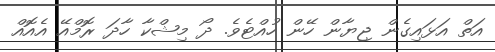
އަތް އަޅައިގެން ޖިޔާން ހޭން ހުއްޓެވެ. ދޯ މިޝްކާ ހާދަ ރޮމްއޭ އެއޮއް